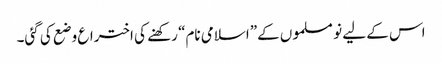
اس کے لیے نو مسلموں کے”اسلامی نام“ رکھنے کی اختراع وضع کی گئی۔